Annual report on the working of the mental hospitals in the Madras Presidency - 1912-1932
Year: 1912
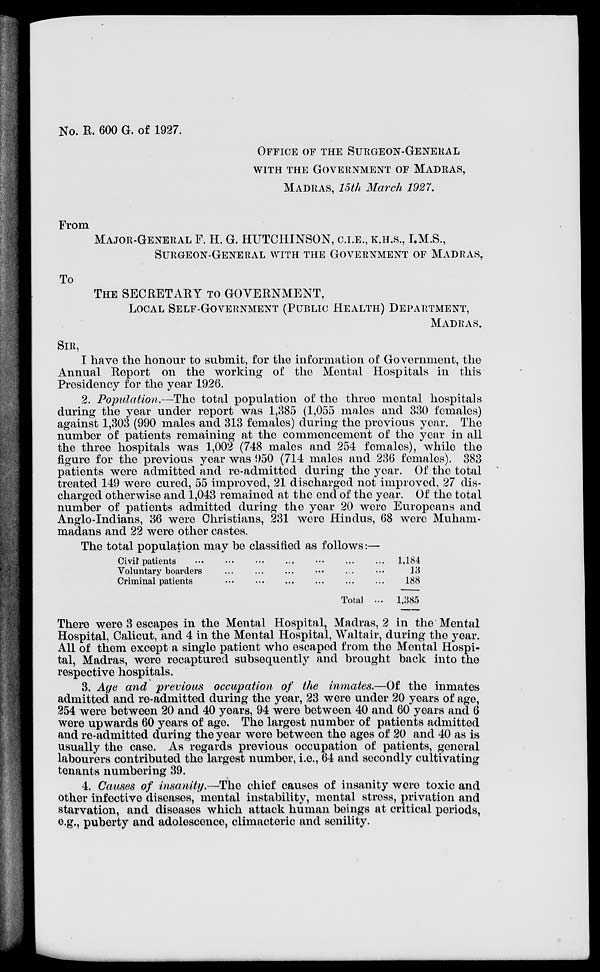
No. R. 600 G. of 1927.
OFFICE OF THE SURGEON-GENERAL
WITH THE GOVERNMENT OF MADRAS,
MADRAS, 15th March 1927.
From
MAJOR-GENERAL F. H. G. HUTCHINSON, C.I.E., K.H.S., I.M.S.,
SURGEON-GENERAL WITH THE GOVERNMENT OF MADRAS,
TO
THE SECRETARY TO GOVERNMENT,
LOCAL SELF-GOVERNMENT (PUBLIC HEALTH) DEPARTMENT,
MADRAS.
SIR,
I have the honour to submit, for the information of Government, the
Annual Report on the working of the Mental Hospitals in this
Presidency for the year 1926.
2. Population.—The total population of the three mental hospitals
during the year under report was 1,385 (1,055 males and 330 females)
against 1,303 (990 males and 313 females) during the previous year. The
number of patients remaining at the commencement of the year in all
the three hospitals was 1,002 (748 males and 254 females), while the
figure for the previous year was 950 (714 males and 236 females). 383
patients were admitted and re-admitted during the year. Of the total
treated 149 were cured, 55 improved, 21 discharged not improved, 27 dis-
charged otherwise and 1,043 remained at the end of the year. Of the total
number of patients admitted during the year 20 were Europeans and
Anglo-Indians, 36 were Christians, 231 were Hindus, 68 were Muham-
madans and 22 were other castes.
The total population may be classified as follows:—
Civil patients ... ... ... ... ... ... ...
Voluntary boarders ... ... ... ... ... ...
Criminal patients ... ... ... ... ... ... ...
Total ...
1,184
13
188
1,385
There were 3 escapes in the Mental Hospital, Madras, 2 in the Mental
Hospital, Calicut, and 4 in the Mental Hospital, Waltair, during the year.
All of them except a single patient who escaped from the Mental Hospi-
tal, Madras, were recaptured subsequently and brought back into the
respective hospitals.
3. Age and previous occupation of the inmates.—Of the inmates
admitted and re-admitted during the year, 23 were under 20 years of age,
254 were between 20 and 40 years, 94 were between 40 and 60 years and 6
were upwards 60 years of age. The largest number of patients admitted
and re-admitted during the year were between the ages of 20 and 40 as is
usually the case. As regards previous occupation of patients, general
labourers contributed the largest number, i.e., 64 and secondly cultivating
tenants numbering 39.
4. Causes of insanity.—The chief causes of insanity were toxic and
other infective diseases, mental instability, mental stress, privation and
starvation, and diseases which attack human beings at critical periods,
e.g., puberty and adolescence, climacteric and senility.